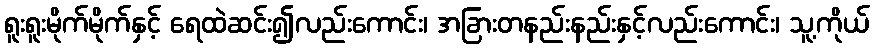
ရူးရူးမိုက်မိုက်နှင့် ရေထဲဆင်း၍လည်းကောင်း၊ အခြားတနည်းနည်းနှင့်လည်းကောင်း၊ သူ့ကိုယ်